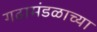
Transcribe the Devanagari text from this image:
गढामंडळाच्या